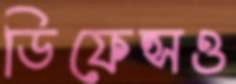
ডিফেন্সও